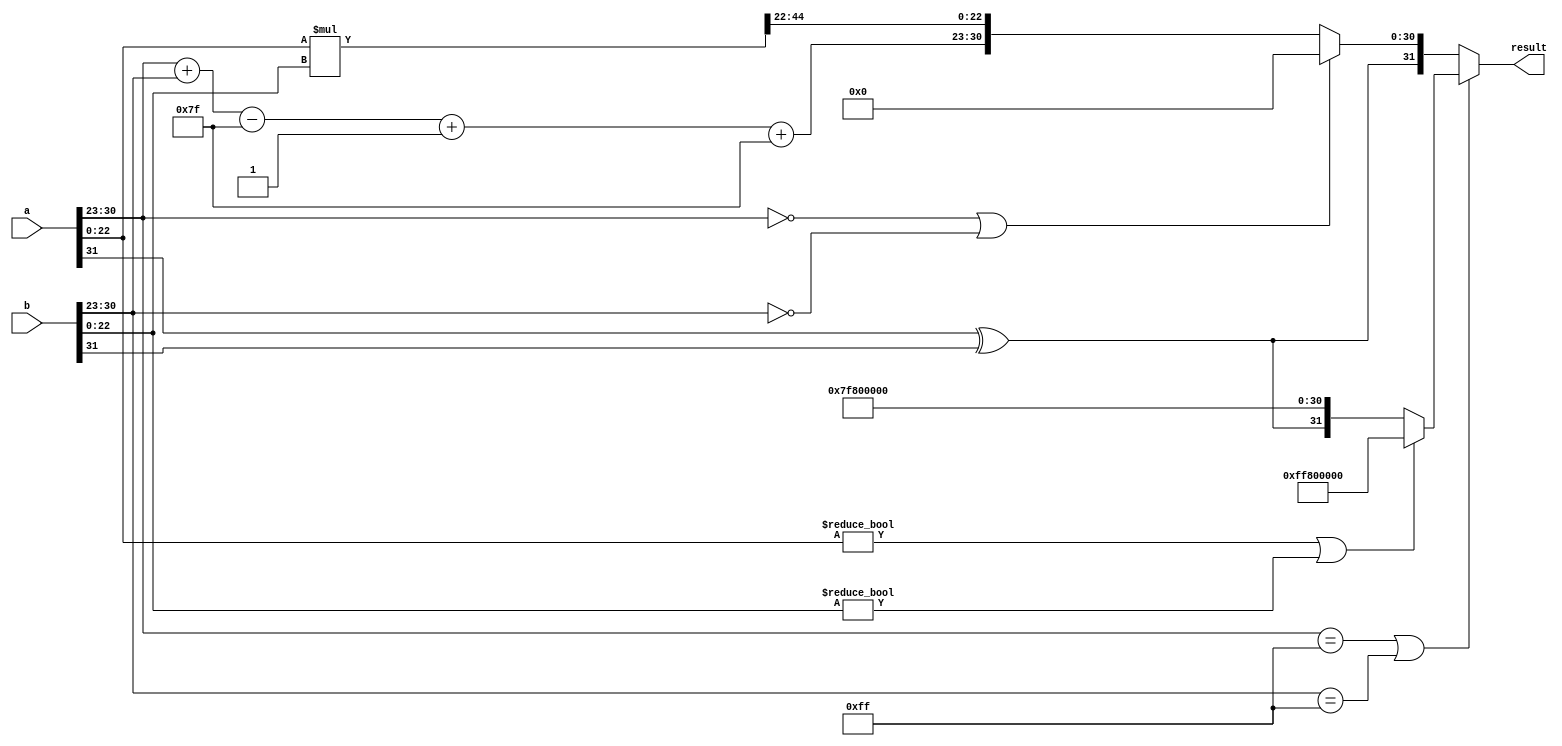
module floating_point_multiplier (
    input [31:0] a,
    input [31:0] b,
    output reg [31:0] result
);

    // Internal signals
    wire sign_a, sign_b;
    wire [7:0] exponent_a, exponent_b;
    wire [22:0] mantissa_a, mantissa_b;
    reg sign_result;
    reg [7:0] exponent_result;
    reg [46:0] mantissa_result; // 23 + 23 = 46
    reg [23:0] normalized_mantissa; // 24 bits for normalization
    reg [7:0] final_exponent;
    
    // Constants
    parameter BIAS = 8'd127;

    // Extract components
    assign sign_a = a[31];
    assign exponent_a = a[30:23];
    assign mantissa_a = {1'b1, a[22:0]}; // Implicit leading 1 for normalized values
    assign sign_b = b[31];
    assign exponent_b = b[30:23];
    assign mantissa_b = {1'b1, b[22:0]}; // Implicit leading 1 for normalized values

    // Calculate sign of result
    always @(*) begin
        sign_result = sign_a ^ sign_b;
    end

    // Exponent calculation
    always @(*) begin
        final_exponent = exponent_a + exponent_b - BIAS;
    end

    // Mantissa multiplication
    always @(*) begin
        mantissa_result = mantissa_a * mantissa_b; // 46 bits for mantissa product
    end

    // Normalization process
    always @(*) begin
        if (mantissa_result[46]) begin
            normalized_mantissa = mantissa_result[46:23]; // Already normalized
            exponent_result = final_exponent; // No change in exponent
        end else begin
            // Shift right until normalized
            normalized_mantissa = mantissa_result[45:22]; // Shift right by one
            exponent_result = final_exponent + 1; // Increase exponent
        end
    end

    // Assemble final result
    always @(*) begin
        // Check for special cases
        if (exponent_a == 8'hFF || exponent_b == 8'hFF) begin
            // One of the inputs is Inf or NaN
            if (mantissa_a != 0 || mantissa_b != 0) begin
                // NaN case
                result = {1'b1, 8'hFF, 23'b1_00000000000000000000000}; // NaN
            end else begin
                // Infinity case
                result = {sign_result, 8'hFF, 23'b0}; // Inf
            end
        end else if (exponent_a == 0 || exponent_b == 0) begin
            // One of the inputs is zero
            result = {sign_result, 8'h00, 23'b0}; // Zero
        end else begin
            // Normal case
            result = {sign_result, exponent_result + BIAS, normalized_mantissa[22:0]};
        end
    end
    
endmodule